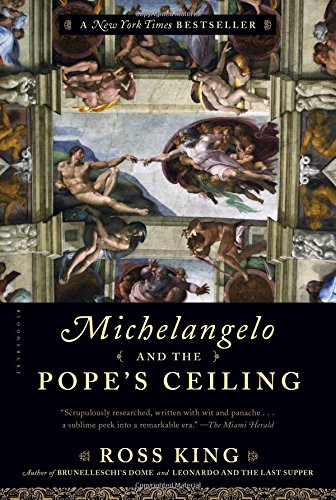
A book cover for Michelangelo and the Pope's Ceiling; Ross King; Biographies & Memoirs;